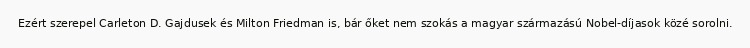
Ezért szerepel Carleton D. Gajdusek és Milton Friedman is, bár őket nem szokás a magyar származású Nobel-díjasok közé sorolni.